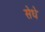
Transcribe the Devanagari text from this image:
सेधे